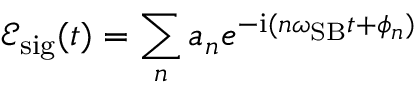
\mathcal { E } _ { \mathrm { { s i g } } } ( t ) = \sum _ { n } a _ { n } e ^ { - \mathrm { { i } } ( n \omega _ { \mathrm { { S B } } } t + \phi _ { n } ) }